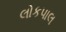
લોકપાલ